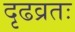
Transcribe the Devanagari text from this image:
दृढव्रतः